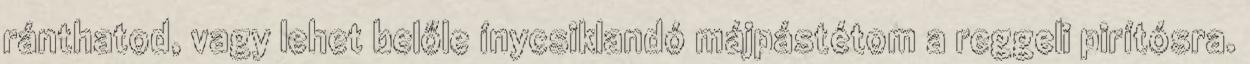
ránthatod, vagy lehet belőle ínycsiklandó májpástétom a reggeli pirítósra.